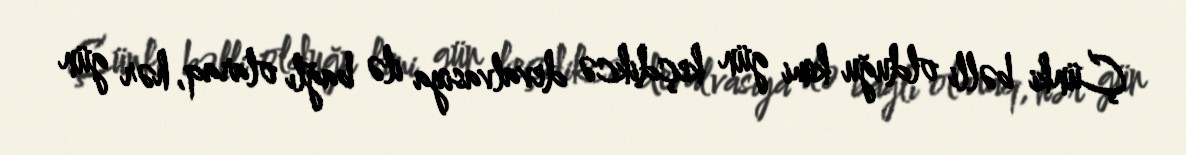
Çünki bəlli olduğu kimi gün keçdikcə devalvasiya ilə bağlı olaraq, hər gün